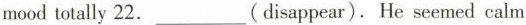
mood totally 22.___(disappear). He seemed calm